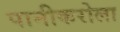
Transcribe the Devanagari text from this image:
पानीकरोला